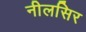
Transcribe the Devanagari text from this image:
नीलसिर